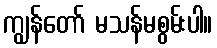
ကျွန်တော် မသန်မစွမ်းပါ။